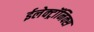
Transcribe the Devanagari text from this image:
ईलेक्ट्रॉनिक्स